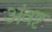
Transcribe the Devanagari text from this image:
अंवष्ट